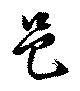
邑